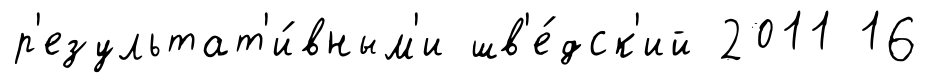
р'езультат'и́вным'и шв'е́дск'ий 2011 16